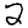
Digit: 2